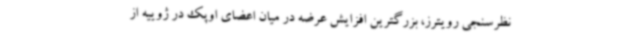
نظرسنجی رویترز، بزرگترین افزایش عرضه در میان اعضای اوپک در ژوییه از